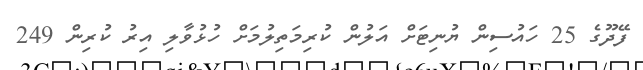
ފޭދޫގެ 25 ހައުސިން ޔުނިޓަށް އަލުން ކުރިމަތިލުމަށް ހުޅުވާލި އިރު ކުރިން 249